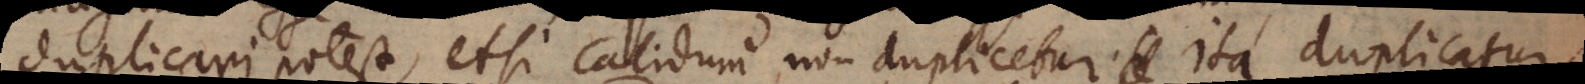
duplicari potest, etsi calidum non duplicetur; ita duplicatur